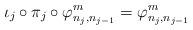
LaTeX: \begin{align*}\iota_j \circ \pi_j \circ \varphi_{n_j,n_{j-1}}^{m} = \varphi_{n_j,n_{j-1}}^{m}\end{align*}